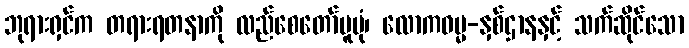
ဘုရားရှင်က တရားရတနာကို လည်စေတော်မူပုံ၊ လောကဓမ္မ-နှစ်ဌာနနှင့် သက်ဆိုင်သော